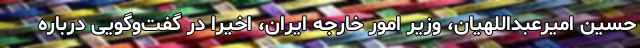
حسین امیرعبداللهیان، وزیر امور خارجه ایران، اخیرا در گفت‌وگویی درباره